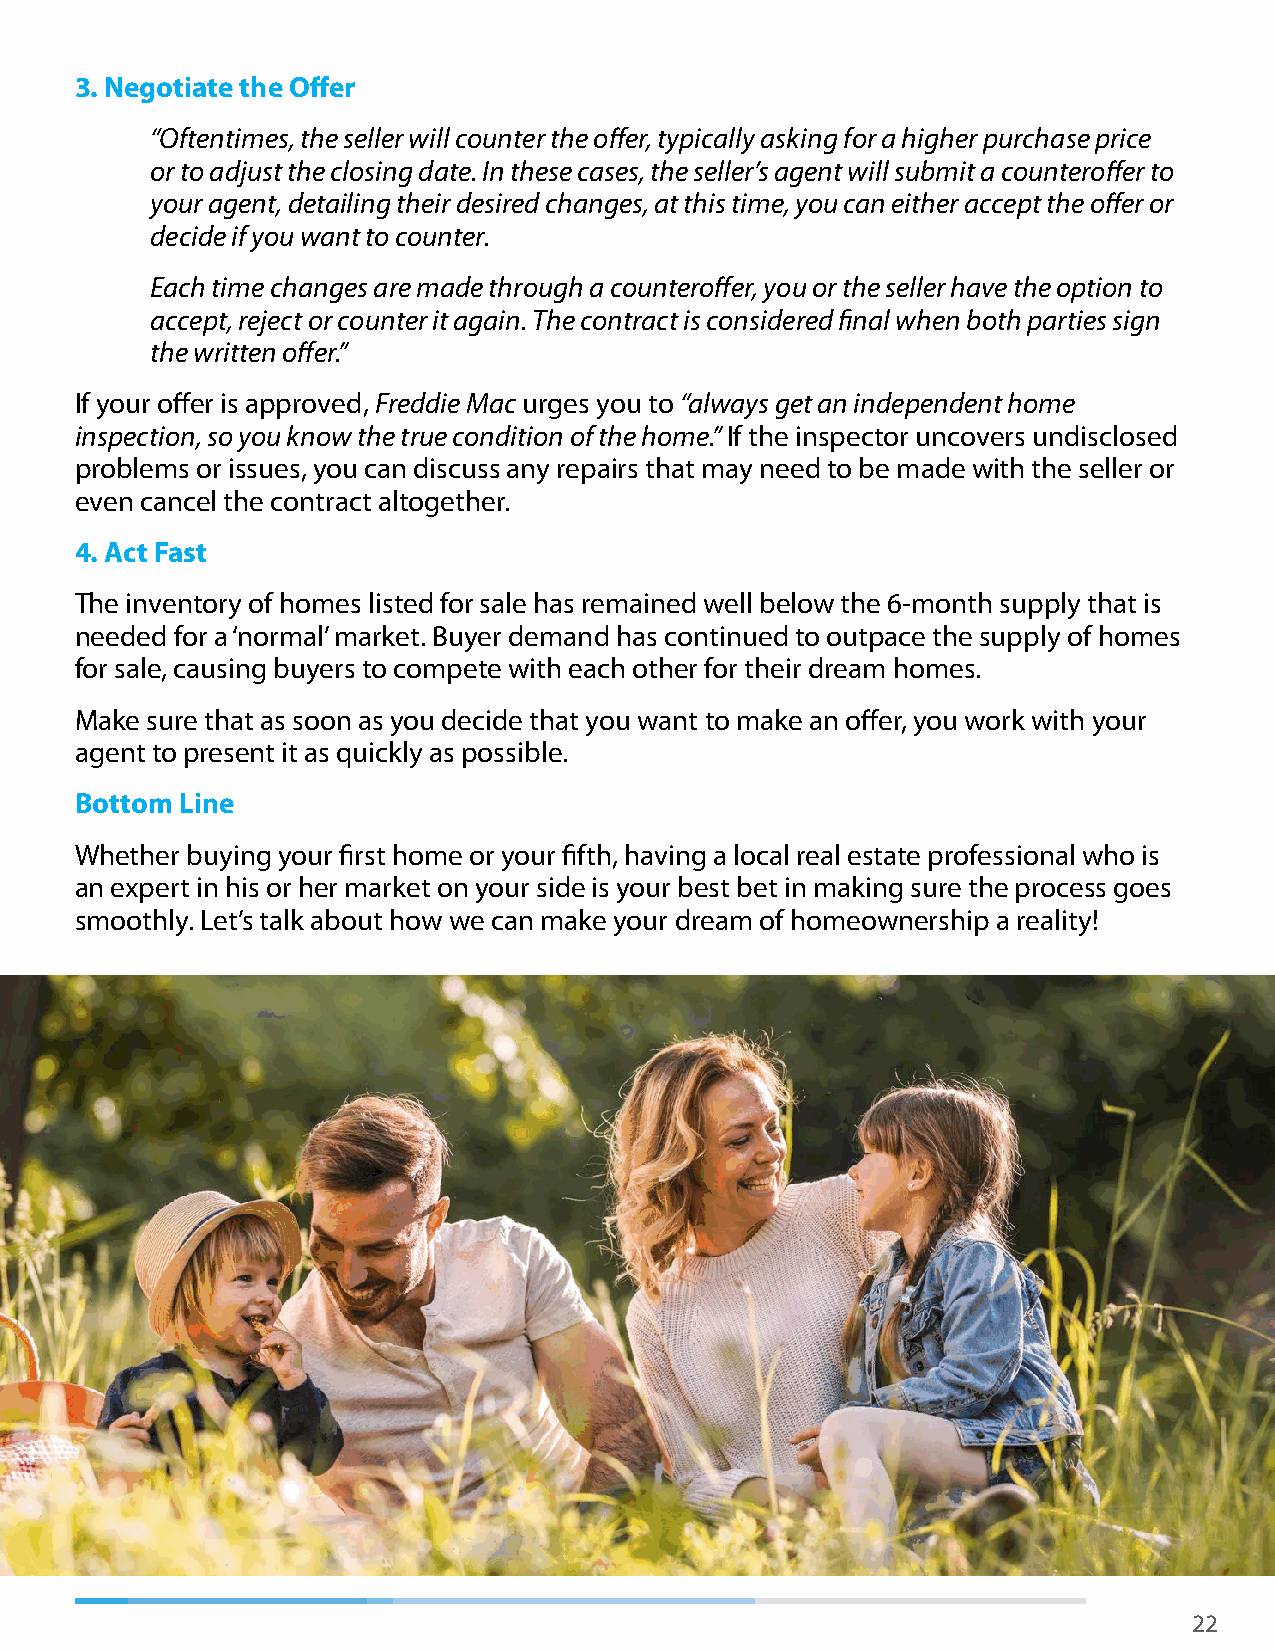
3. Negotiate the Offer
 “Oftentimes, the seller will counter the offer, typically asking for a higher purchase price
 or to adjust the closing date. In these cases, the seller’s agent will submit a counteroffer to
 your agent, detailing their desired changes, at this time, you can either accept the offer or
 decide if you want to counter.
 Each time changes are made through a counteroffer, you or the seller have the option to
 accept, reject or counter it again. The contract is considered final when both parties sign
 the written offer.”
 If your offer is approved, Freddie Mac urges you to “always get an independent home
 inspection, so you know the true condition of the home.” If the inspector uncovers undisclosed
 problems or issues, you can discuss any repairs that may need to be made with the seller or
 even cancel the contract altogether.
 4. Act Fast
 The inventory of homes listed for sale has remained well below the 6-month supply that is
 needed for a ‘normal’ market. Buyer demand has continued to outpace the supply of homes
 for sale, causing buyers to compete with each other for their dream homes.
 Make sure that as soon as you decide that you want to make an offer, you work with your
 agent to present it as quickly as possible.
 Bottom Line
 Whether buying your first home or your fifth, having a local real estate professional who is
 an expert in his or her market on your side is your best bet in making sure the process goes
 smoothly. Let’s talk about how we can make your dream of homeownership a reality!
 22